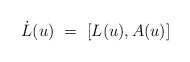
\begin{align*} \dot{L}(u)~=~[L(u),A(u)]\end{align*}